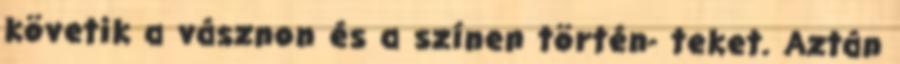
követik a vásznon és a színen történ- teket. Aztán